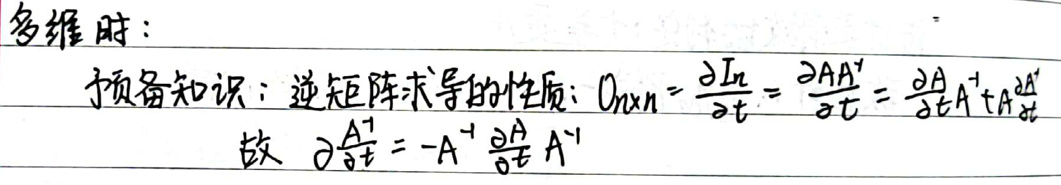
多维时：

预备知识：逆矩阵求导的性质：\(O_{n\times n}=\frac{\partial I_{n}}{\partial t}=\frac{\partial AA^{T}}{\partial t}=\frac{\partial A^{T}}{\partial t}A+A^{T}\frac{\partial A}{\partial t}\)

故 \(\frac{\partial A^{-1}}{\partial t}=-A^{-1}\frac{\partial A}{\partial t}A^{-1}\)